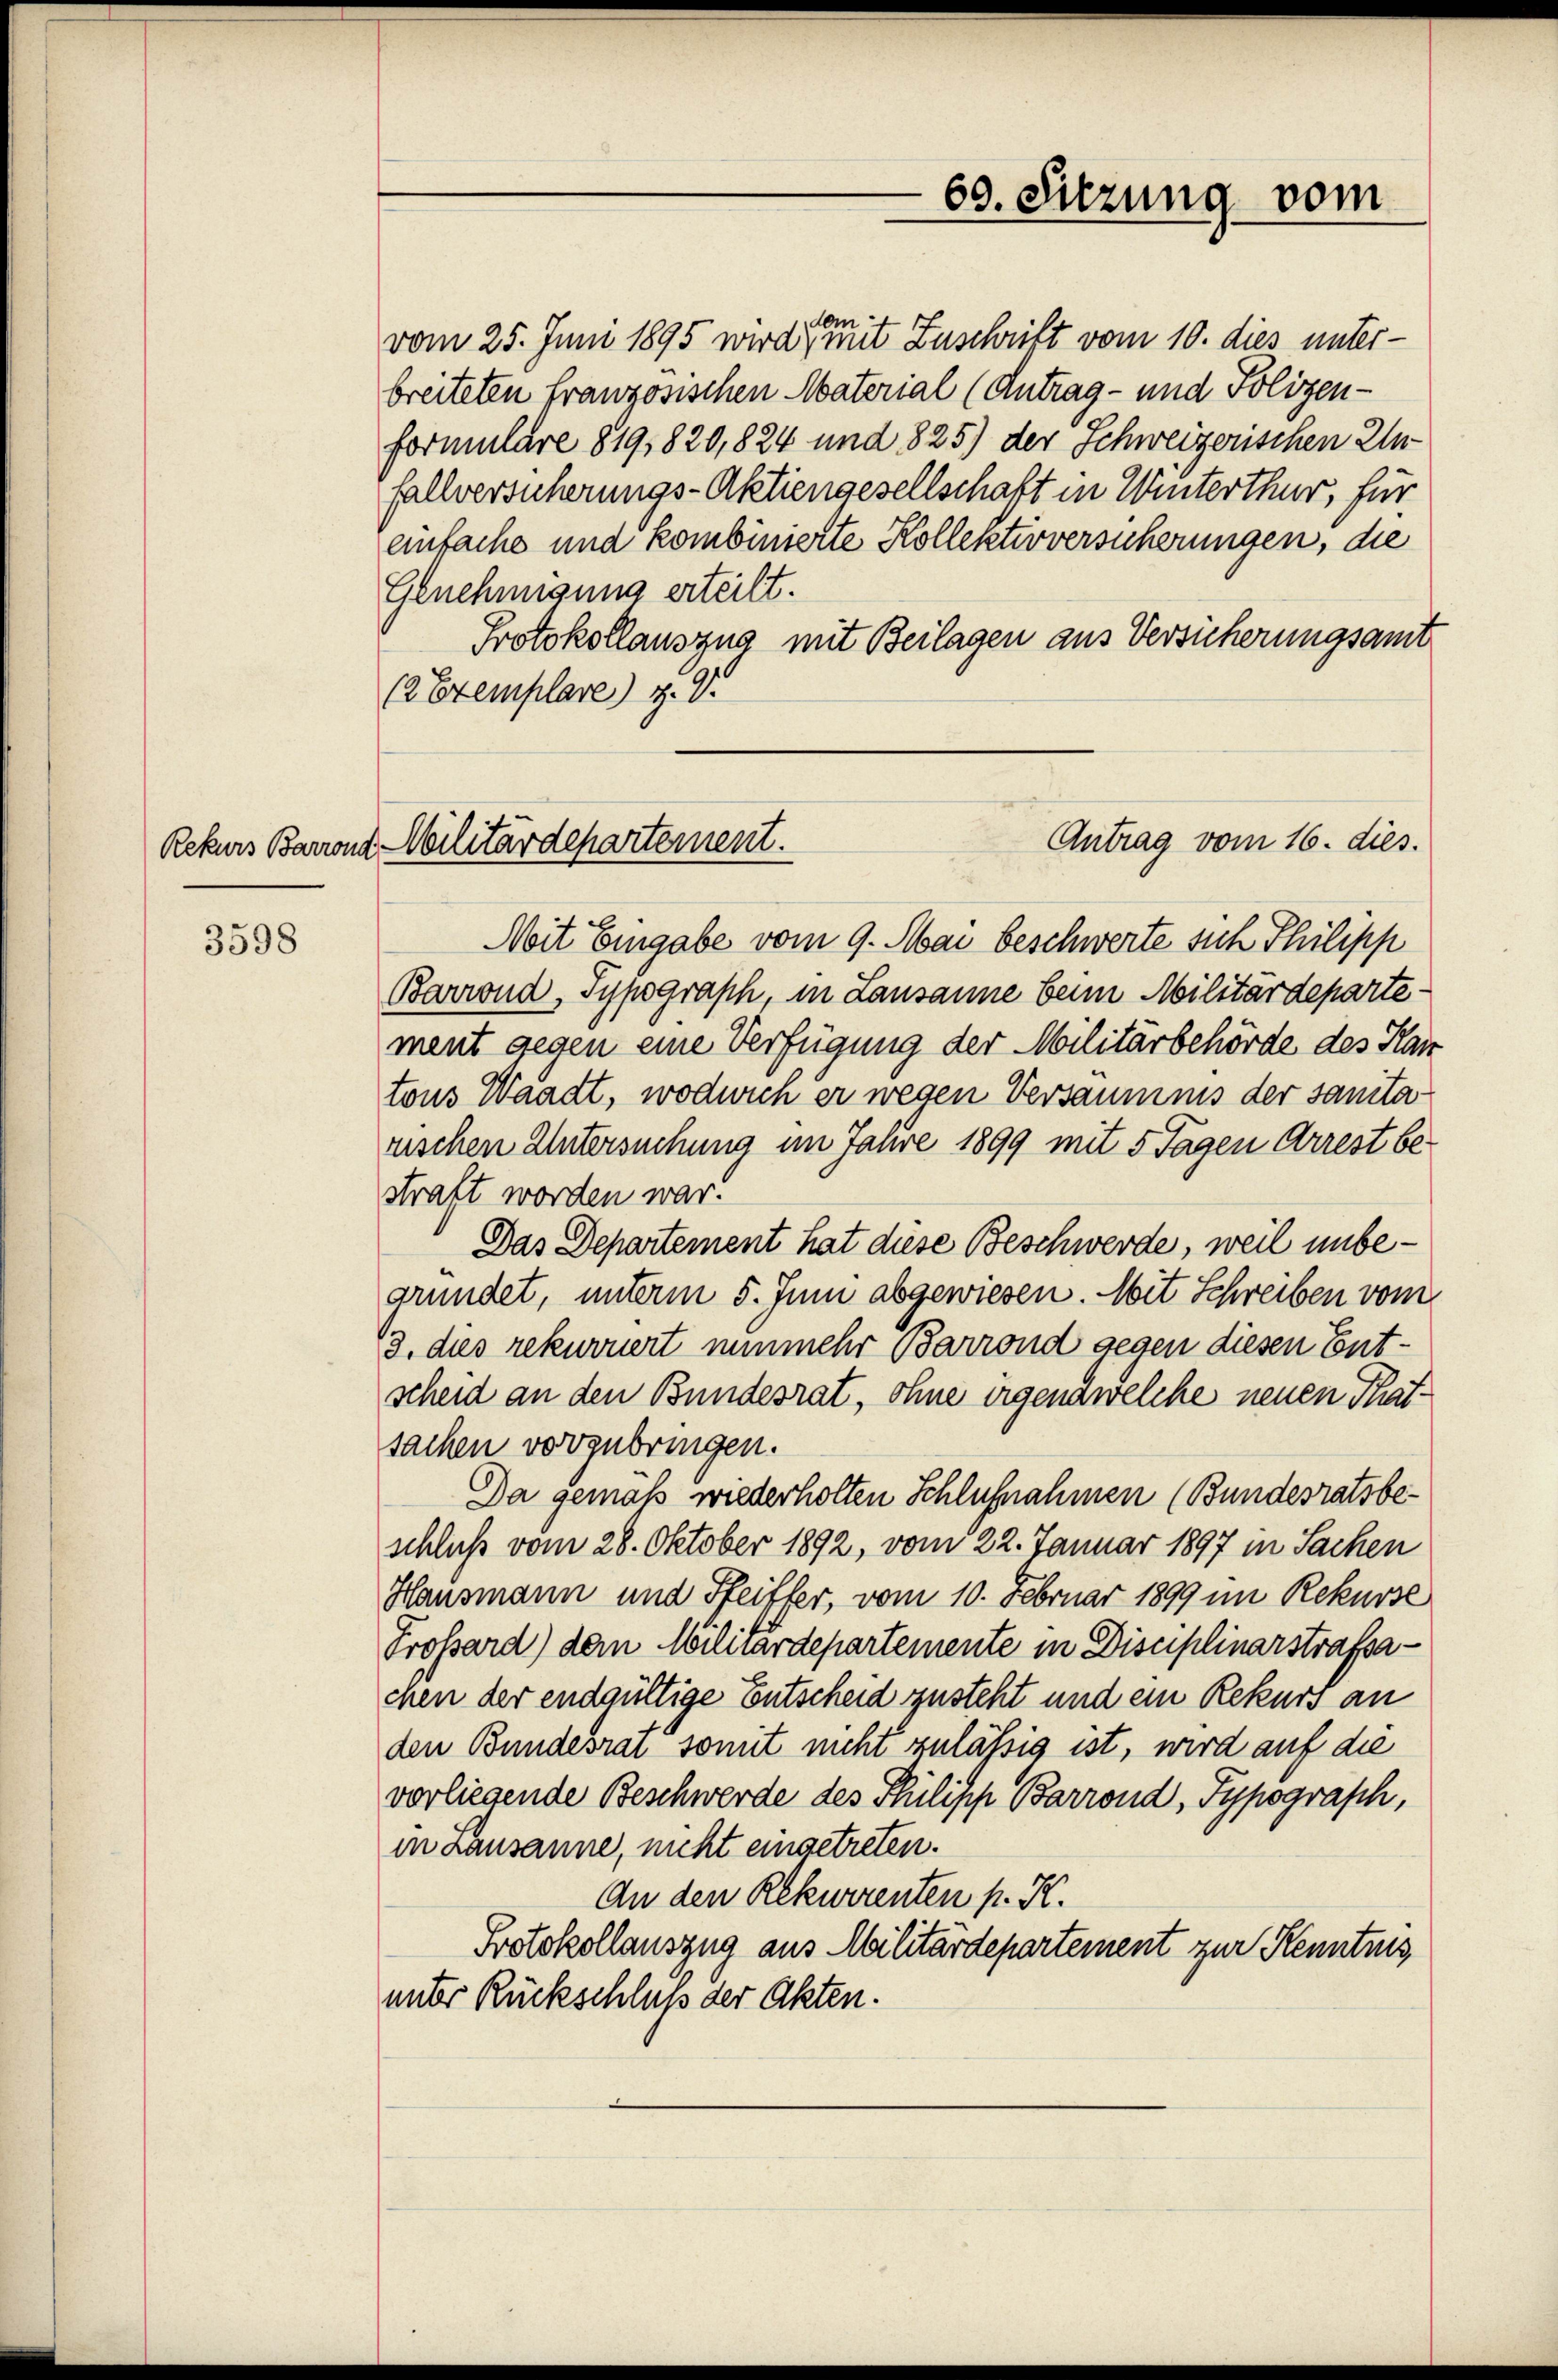
Rekurs Barrona

3598

s
vom 25. Juni 1895 wird mit Zuschrift vom 10. dies unter-
breiteten französischen Material (Antrag- und Polizenformulare 819,820,824 und 825) der Schweizerischen Unfallversicherungs-Aktiengesellschaft in Winterthur, für
einfache und kombinierte Kollektivversicherungen, die
Genehmigung erteilt.
Protokollauszug mit Beilagen aus Versicherungsamt
(2 Exemplare) Z. G.
Mit Eingabe vom 9. Mai beschwerte sich Thilipp
Barrond, Sypograph, in Lausanne beim Militärdepartement gegen eine Verfügung der Militärbehörde des Han
tons Waadt, wodurch er wegen Versäumnis der sanitarischen Untersuchung im Jahre 1899 mit 5 Tagen Arrest bestraft worden war!
Das Departement hat diese Beschwerde, weil unbegründet, unterm 5. Juni abgewiesen. Mit Schreiben vom
13. dies rekuriert nunmehr Barrond gegen diesen Entscheid an den Bundesrat, ohne irgenawelche neuen Thatsachen vorzubringen.
Da gemäß wiederholten Schlußnahmen (Bundesratsbeschluß vom 28. Oktober 1892, vom 22. Januar 1897 in Sachen
Hausmann und Pfeifler, vom 10. Februar 1899 im Rekurse
Prossard) dem Militärdepartemente in Disciplinarstrafsachen der endgültige Entscheid zusteht und ein Rekurs an
den Bundesrat somit nicht zulässig ist, wird auf die
vorliegende Beschwerde des Philisch Barrond, Typograph,
in Lausanne, nicht eingetreten.
An den Rekurrenten p. K.
Protokollauszug aus Militärdepartement zur Kenntnis
unter Rückschluß der Akten.

60. Sitzung vom

Antrag vom 16. dies.
v. Militärdepartement.